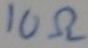
Text: 10Ω